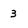
Character: 3